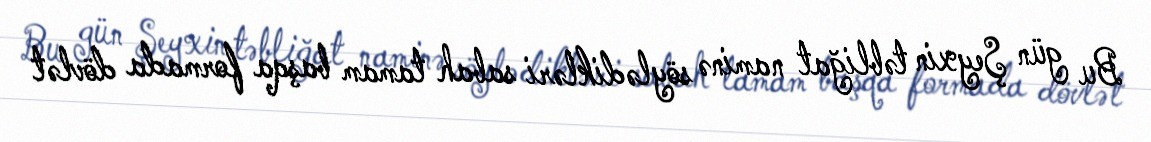
Bu gün Şeyxin təbliğat naminə söylədikləri sabah tamam başqa formada dövlət